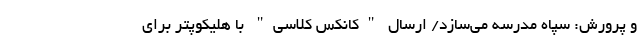
و پرورش: سپاه مدرسه‌ می‌سازد/ ارسال "کانکس کلاسی" با هلیکوپتر برای